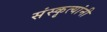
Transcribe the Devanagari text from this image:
संस्कृत्यांनी